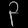
Digit: ၃